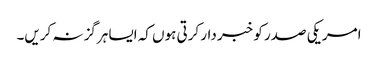
امریکی صدر کو خبر دار کرتی ہوں کہ ایسا ہرگز نہ کریں۔